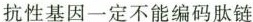
抗性基因一定不能编码肽链